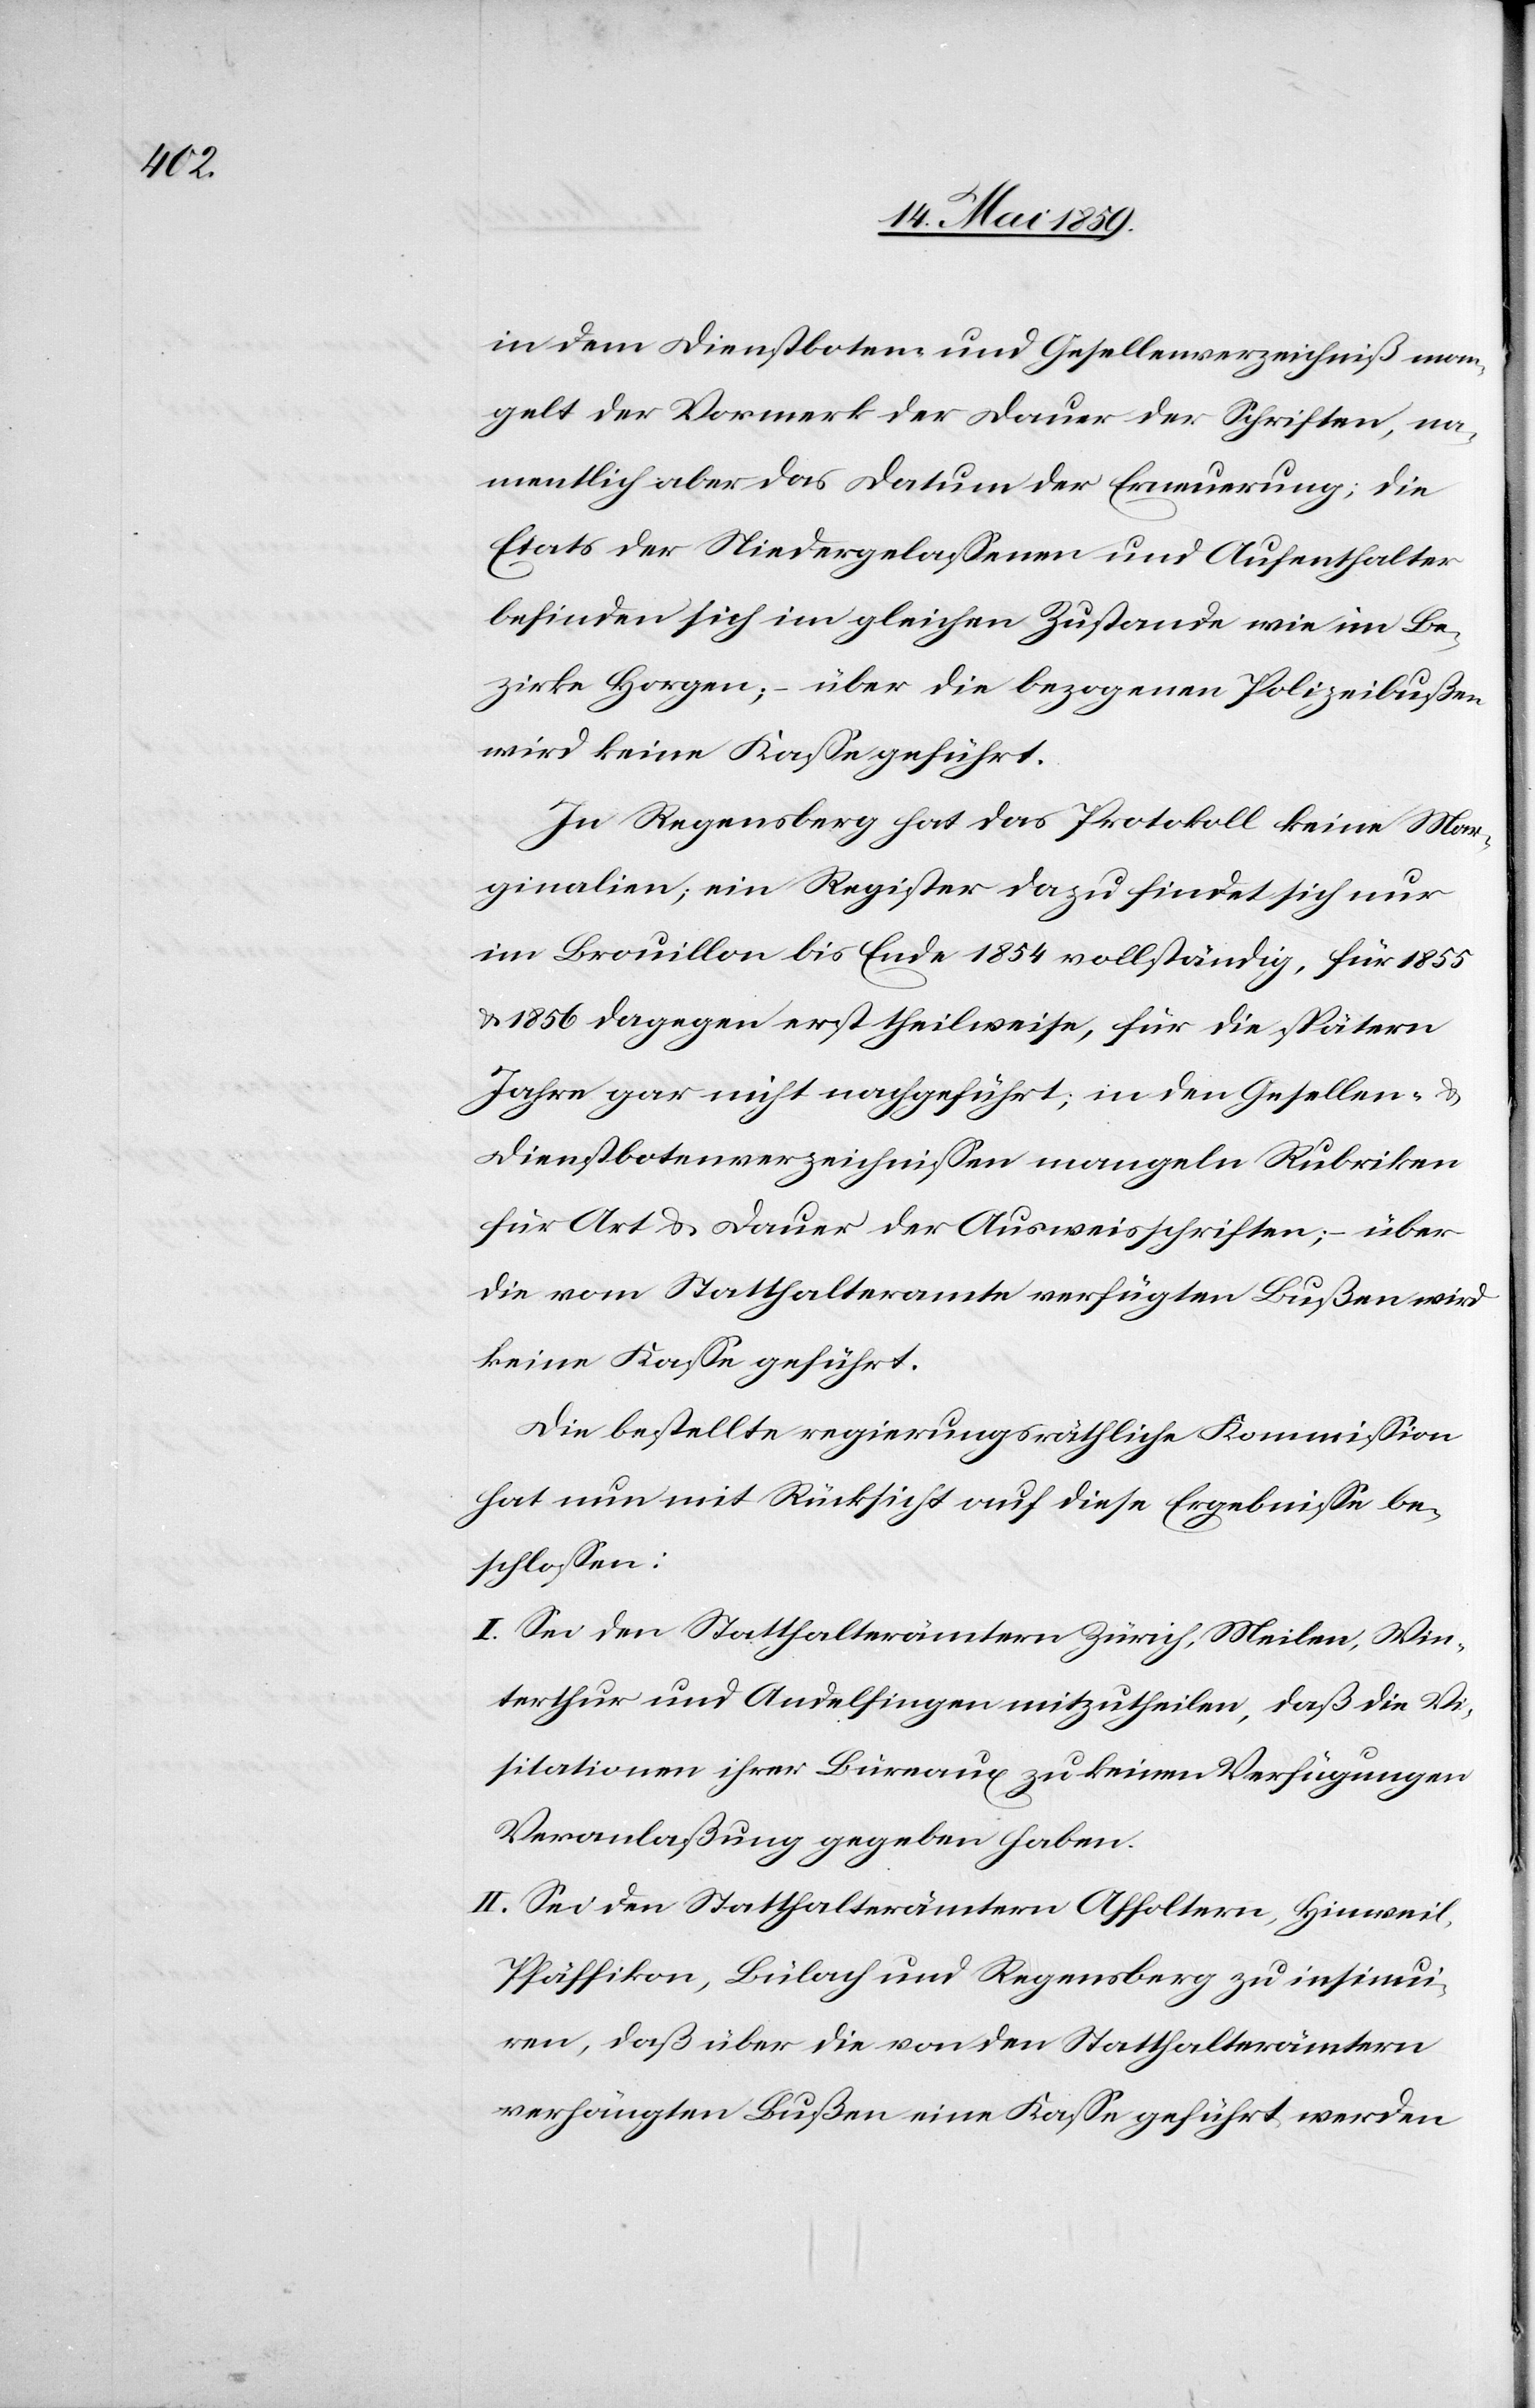
in dem Dienstboten- und Gesellenverzeichniß man¬
gelt der Vormerk der Dauer der Schriften, na¬
mentlich aber das Datum der Erneuerung; die
Etats der Niedergelaßenen und Aufenthalter
befinden sich im gleichen Zustande wie im Be¬
zirke Horgen; ‒ über die bezogenen Polizeibußen
wird keine Kaße geführt.
In Regensberg hat das Protokoll keine Mar¬
ginalien; ein Register dazu findet sich nur
im Brouillon bis Ende 1854 vollständig, für 1855
& 1856 dagegen erst theilweise, für die spätern
Jahre gar nicht nachgeführt; in den Gesellen- &
Dienstbotenverzeichnißen mangeln Rubriken
für Art & Dauer der Ausweisschriften; ‒ über
die vom Statthalteramte verfügten Bußen wird
keine Kaße geführt.
Die bestellte regierungsräthliche Kommißion
hat nun mit Rücksicht auf diese Ergebniße be¬
schloßen:
I. Sei den Statthalterämtern Zürich, Meilen, Win¬
terthur und Andelfingen mitzutheilen, daß die Vi¬
sitationen ihrer Büreaux zu keinen Verfügungen
Veranlaßung gegeben haben.
II. Sei den Statthalterämtern Affoltern, Hinweil,
Pfäffikon, Bülach und Regensberg zu insinui¬
ren, daß über die von den Statthalterämtern
verhängten Bußen eine Kaße geführt werden